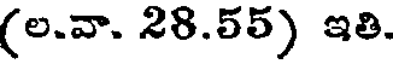
(ల.వా. 28.55) ఇతి.